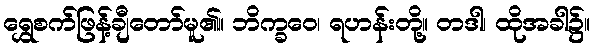
ရွှေစက်ဖြန့်ချီတော်မူ၏။ ဘိက္ခဝေ၊ ရဟန်းတို့။ တဒါ၊ ထိုအခါ၌။